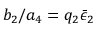
b _ { 2 } / a _ { 4 } = q _ { 2 } \bar { \epsilon } _ { 2 }